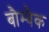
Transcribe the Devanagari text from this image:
बौम्बैक